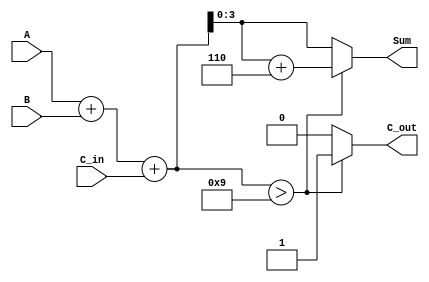
module BCD_Conditional_Adder(
    input   [3:0] A,       // First BCD digit
    input   [3:0] B,       // Second BCD digit
    input         C_in,     // Carry input
    output  reg [3:0] Sum,  // BCD sum output
    output  reg C_out       // Carry output
);

    wire [4:0] Temp_Sum;    // Extended to hold sum and carry
    wire        is_bcd;      // Flag to check if Temp_Sum exceeds 9

    // Perform the binary addition of A, B, and C_in
    assign Temp_Sum = A + B + C_in;

    // Check if the result is greater than 9
    assign is_bcd = (Temp_Sum > 5'd9);

    always @(*) begin
        if (is_bcd) begin
            // Adjusting the Sum by adding 6 for BCD correction
            Sum = Temp_Sum[3:0] + 4'b0110; // Add 6 to adjust for BCD
            C_out = 1;                      // Set carry output
        end else begin
            Sum = Temp_Sum[3:0];            // Directly assign if valid BCD
            C_out = 0;                      // No carry
        end
    end

endmodule